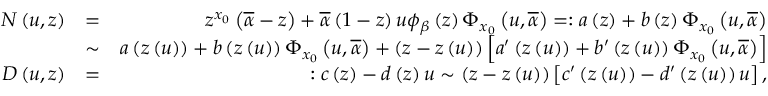
\begin{array} { r l r } { { \cal N } \left( u , z \right) } & { = } & { z ^ { x _ { 0 } } \left( \overline { { \alpha } } - z \right) + \overline { { \alpha } } \left( 1 - z \right) u \phi _ { \beta } \left( z \right) \Phi _ { x _ { 0 } } \left( u , \overline { { \alpha } } \right) = : a \left( z \right) + b \left( z \right) \Phi _ { x _ { 0 } } \left( u , \overline { { \alpha } } \right) } \\ & { \sim } & { a \left( z \left( u \right) \right) + b \left( z \left( u \right) \right) \Phi _ { x _ { 0 } } \left( u , \overline { { \alpha } } \right) + \left( z - z \left( u \right) \right) \left[ a ^ { \prime } \left( z \left( u \right) \right) + b ^ { \prime } \left( z \left( u \right) \right) \Phi _ { x _ { 0 } } \left( u , \overline { { \alpha } } \right) \right] } \\ { { \cal D } \left( u , z \right) } & { = } & { : c \left( z \right) - d \left( z \right) u \sim \left( z - z \left( u \right) \right) \left[ c ^ { \prime } \left( z \left( u \right) \right) - d ^ { \prime } \left( z \left( u \right) \right) u \right] , } \end{array}